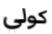
كولي